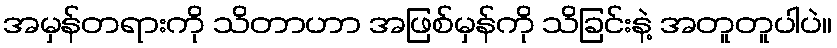
အမှန်တရားကို သိတာဟာ အဖြစ်မှန်ကို သိခြင်းနဲ့ အတူတူပါပဲ။